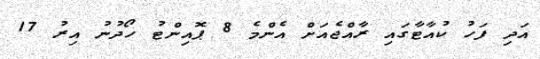
އަދި ފަހު ކުއާޓާގައި ރާއްޖެއަށް އެންމެ 8 ޕޮއިންޓު ހޯދުނު އިރު 17